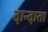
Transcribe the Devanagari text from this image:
दान्दाता